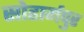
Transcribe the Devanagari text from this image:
सोहार्गपुर